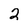
Character: 2